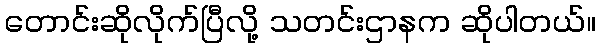
တောင်းဆိုလိုက်ပြီလို့ သတင်းဌာနက ဆိုပါတယ်။